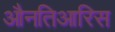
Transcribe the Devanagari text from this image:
औनतिआरिस